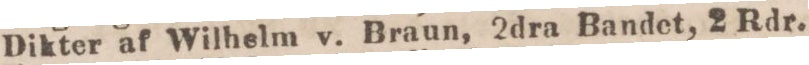
Dikter af Wilhelm v. Braun, 2dra Bandet, 2 Rdr.